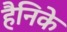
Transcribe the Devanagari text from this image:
हैनिके